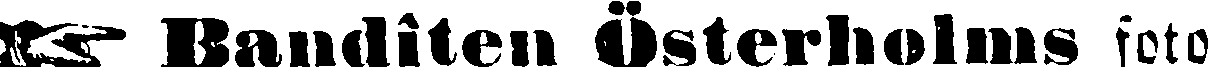
☞ Banditen Österholms foto